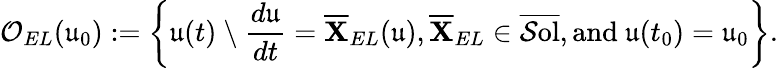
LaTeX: \mathcal{O}_{EL}(\mathfrak{u}_{0}):=\bigg\{ \mathfrak{u}(t)\ \backslash\ \frac{d\mathfrak{u}}{dt}=\overline{{\mathbf{X}}}_{EL}(\mathfrak{u}),\overline{{\mathbf{X}}}_{EL}\in\overline{{\mathcal{S}\mathrm{ol}}},\mathrm{and~}\mathfrak{u}(t_{0})=\mathfrak{u}_{0}\bigg\} .